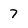
Character: 7